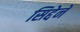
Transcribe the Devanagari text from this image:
सिद्देने